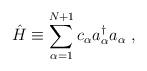
LaTeX: \begin{align*} \hat H \equiv \sum^{N+1}_{\alpha=1}c_\alpha a_\alpha^\dagger a_\alpha\ ,\end{align*}